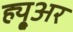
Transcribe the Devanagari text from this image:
ह्यू्अर